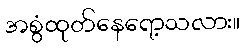
အစွံထုတ်နေရော့သလား။